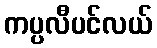
ကပ္ပလီပင်လယ်